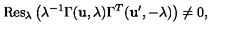
\mathrm { R e s } _ { \lambda } \left( \lambda ^ { - 1 } \Gamma ( { \bf u } , \lambda ) \Gamma ^ { T } ( { \bf u ^ { \prime } } , - \lambda ) \right) \ne 0 ,